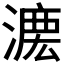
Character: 𣼄